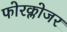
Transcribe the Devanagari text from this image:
फोरक्लोजर